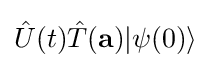
{\hat {U}}(t){\hat {T}}(\mathbf {a} )|\psi (0)\rangle